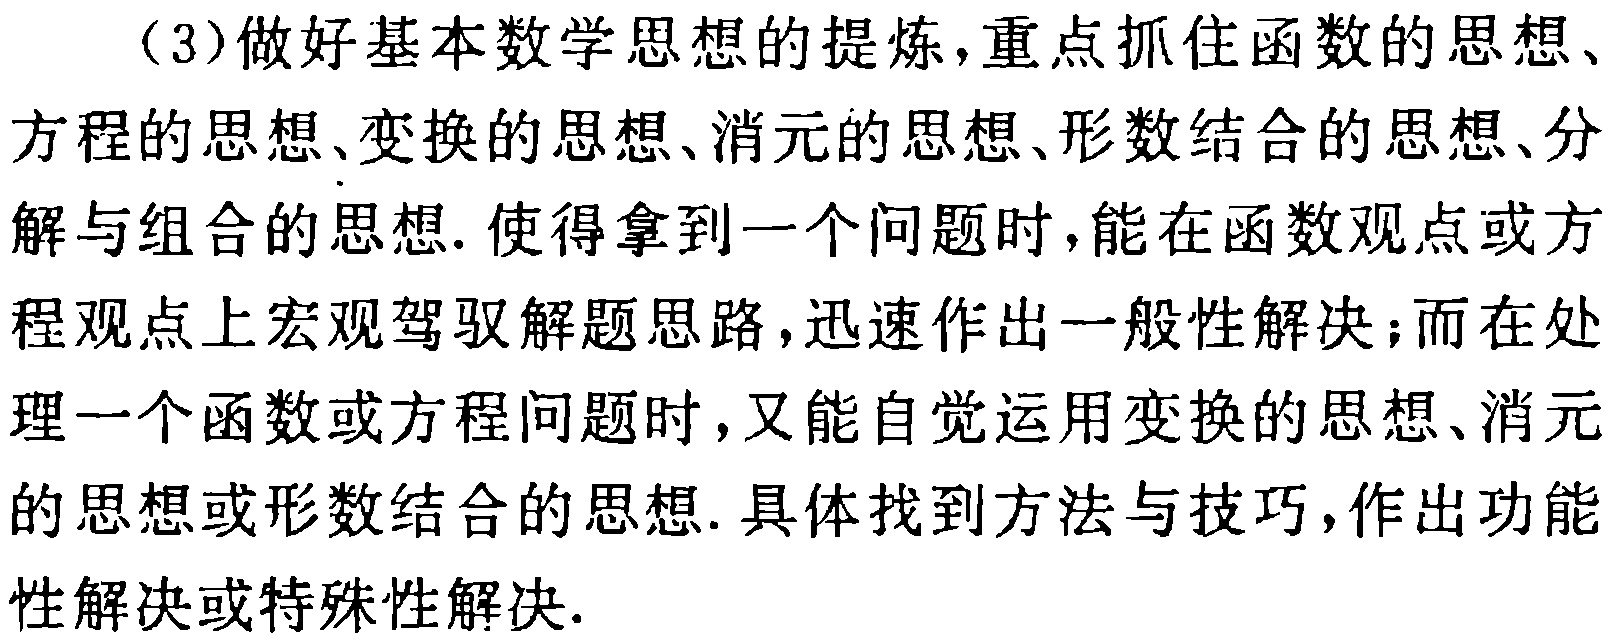
（3）做好基本数学思想的提炼，重点抓住函数的思想、方程的思想、变换的思想、消元的思想、形数结合的思想、分解与组合的思想. 使得拿到一个问题时，能在函数观点或方程观点上宏观驾驭解题思路，迅速作出一般性解决；而在处理一个函数或方程问题时，又能自觉运用变换的思想、消元的思想或形数结合的思想. 具体找到方法与技巧，作出功能性解决或特殊性解决.